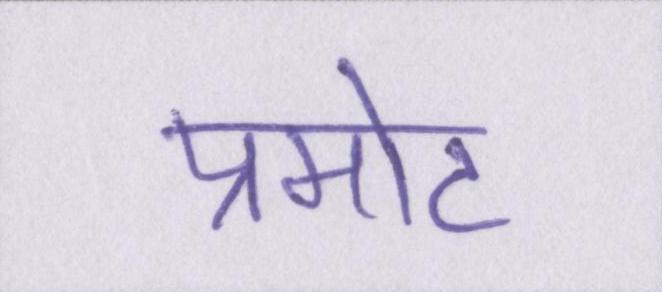
प्रमोट